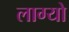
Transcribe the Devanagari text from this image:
लाग्यो